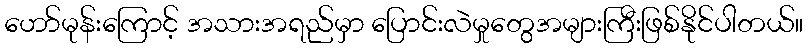
ဟော်မုန်းကြောင့် အသားအရည်မှာ ပြောင်းလဲမှုတွေအများကြီးဖြစ်နိုင်ပါတယ်။